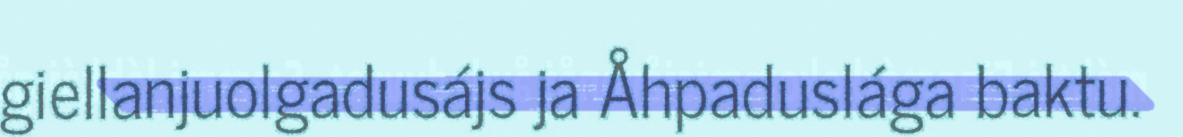
giellanjuolgadusájs ja Åhpaduslága baktu.